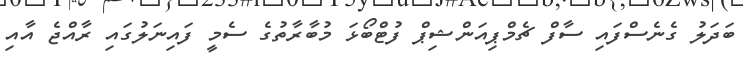
ބަދަލު ގެނެސްފައި ސާފް ޗެމްޕިއަންޝިޕް ފުޓްބޯޅަ މުބާރާތުގެ ސެމީ ފައިނަލުގައި ރާއްޖެ އާއި